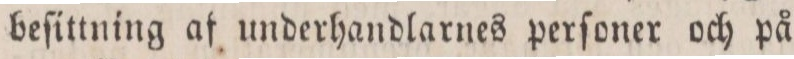
beſittning af underhandlarnes perſoner och på